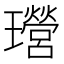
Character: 𤫎